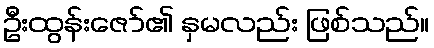
ဦးထွန်းဇော်၏ နှမလည်း ဖြစ်သည်။